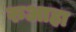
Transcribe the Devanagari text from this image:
रुआहा